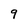
Character: 9